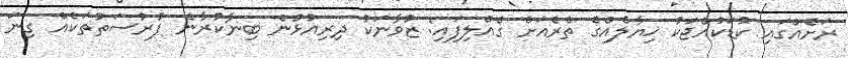
ރަށެއްގައި ކުޑަކުއްޖަކު ޚިޔާލެއްގެ ތެރެއަށް ގެއްލިފައި: ޒުވާނަކު ދިރިއުޅުން ބިނާކުރާނެ ފުރުސަތުތަކެއް ގިނަ